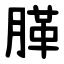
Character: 䐙